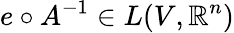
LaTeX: e\circ A^{-1}\in L(V,\mathbb R^{n})